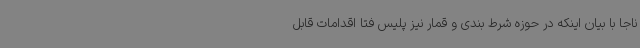
ناجا با بیان اینکه در حوزه شرط بندی و قمار نیز پلیس فتا اقدامات قابل